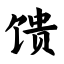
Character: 馈